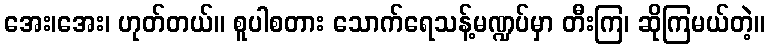
အေး၊အေး၊ ဟုတ်တယ်။ စူပါစတား သောက်ရေသန့်မဏ္ဍပ်မှာ တီးကြ၊ ဆိုကြမယ်တဲ့။